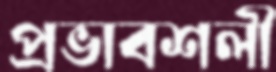
প্রভাবশলী